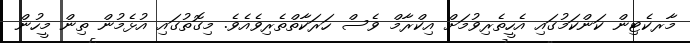
މާރކެޓިން ކަންކަމުގައި އެހީތެރިވުމަށް އިކްރާމް ވެސް ހަރަކާތްތެރިވެއެވެ. މިގޮތުގައި އުޅެމުން ތިން މީހުން